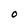
Character: O